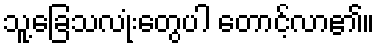
သူ့ခြေသလုံးတွေပါ တောင့်လာ၏။